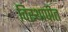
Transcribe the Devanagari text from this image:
विस्थापीत